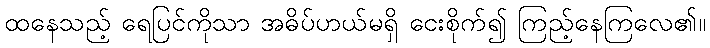
ထနေသည့် ရေပြင်ကိုသာ အဓိပ်ပာယ်မရှိ ငေးစိုက်၍ ကြည့်နေကြလေ၏။